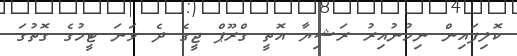
ކޮލިފައިން ނިމުނުއިރު ރަޝިޔާ އޮތީ ގްރޫޕް ޖީގެ ދެ ވަނަ ޓީމުގެ ގޮތުގަ